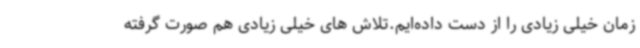
زمان خیلی زیادی را از دست داده‌ایم.تلاش های خیلی زیادی هم صورت گرفته